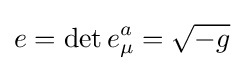
e=\det e_{\mu }^{a}={\sqrt {-g}}